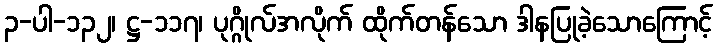
၃-ပါ-၁၃၂၊ ဋ္ဌ-၁၁၇၊ ပုဂ္ဂိုလ်အလိုက် ထိုက်တန်သော ဒါနပြုခဲ့သောကြောင့်